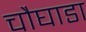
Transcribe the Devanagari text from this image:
चौघाडा